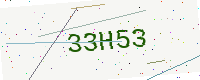
Text: 33H53